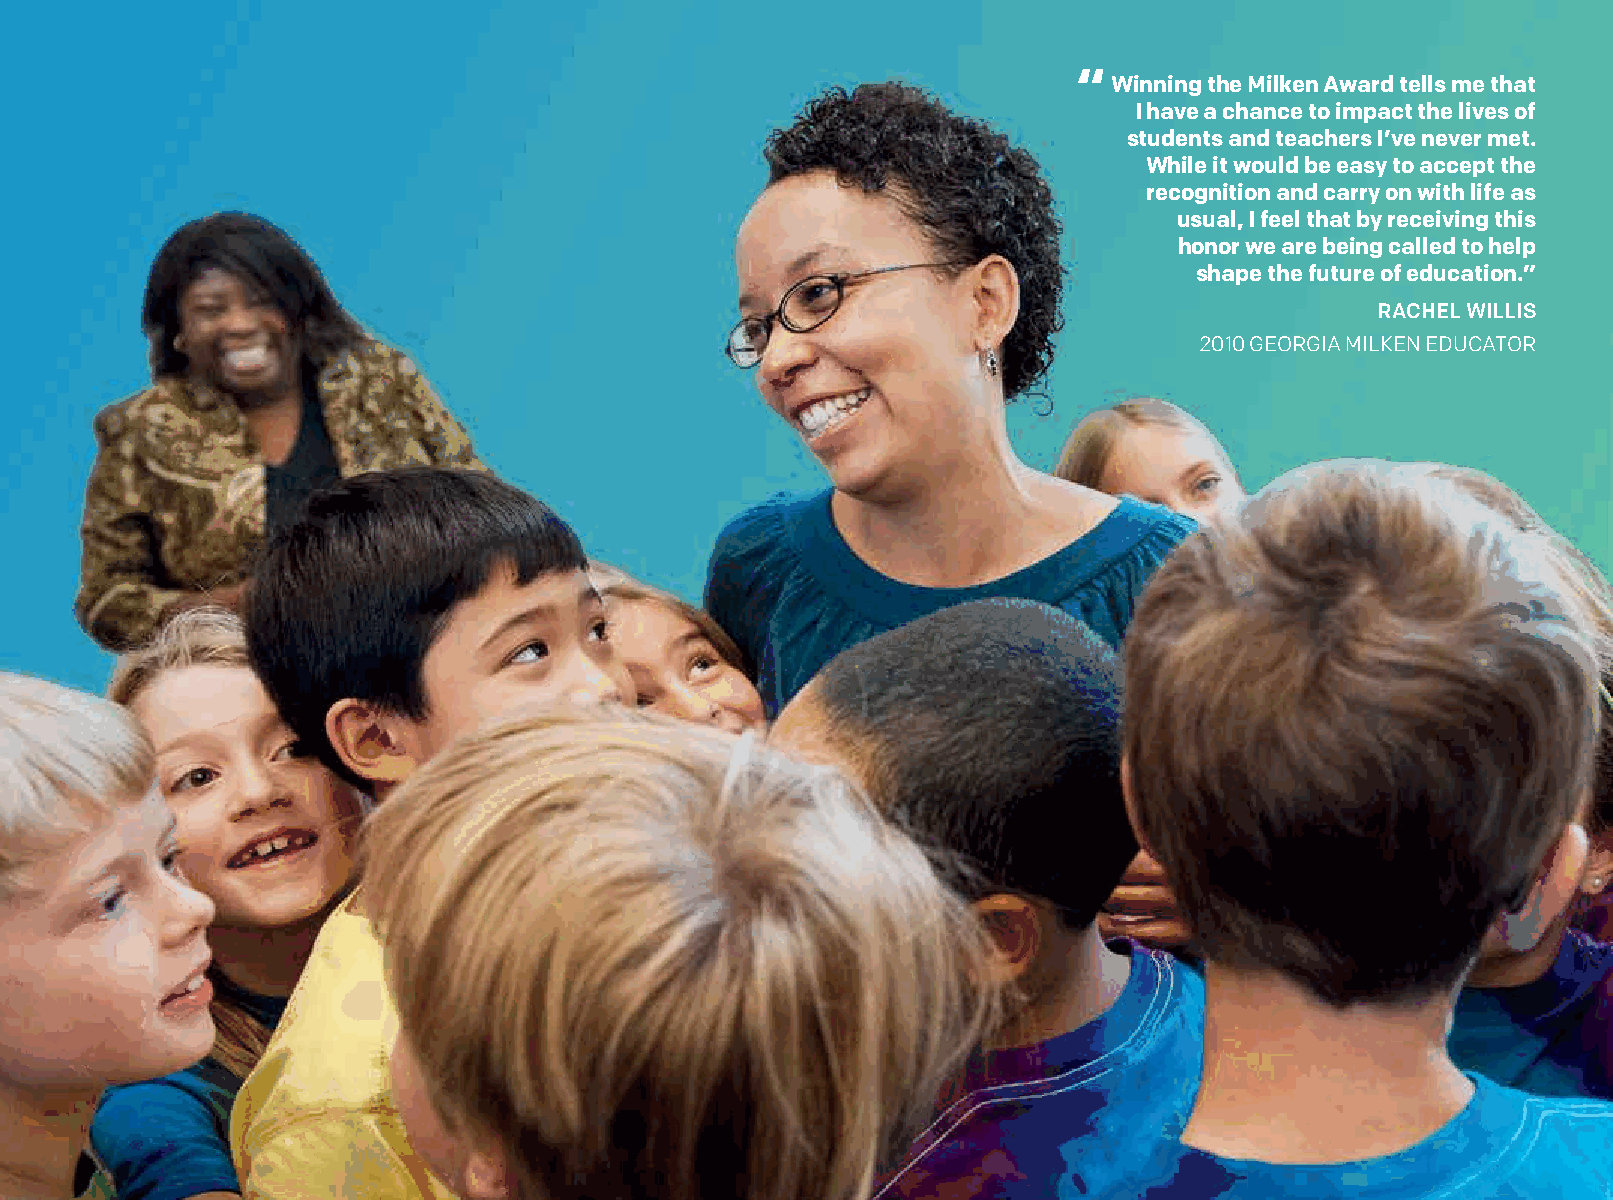
“
 Winning the Milken Award tells me that
 I have a chance to impact the lives of
 students and teachers I’ve never met.
 While it would be easy to accept the
 recognition and carry on with life as
 usual, I feel that by receiving this
 honor we are being called to help
 shape the future of education.”
 RACHEL WILLIS
 2010 GEORGIA MILKEN EDUCATOR